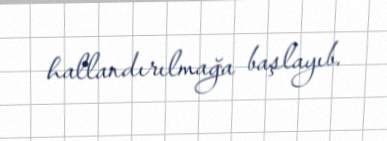
hallandırılmağa başlayıb.